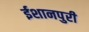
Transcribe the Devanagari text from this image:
ईशानपुरी